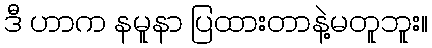
ဒီ ဟာက နမူနာ ပြထားတာနဲ့မတူဘူး။